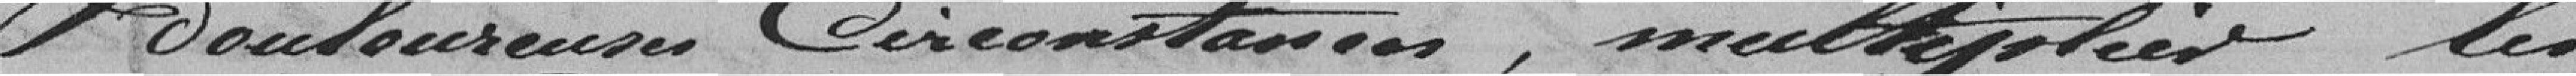
douloureuses circonstances, multiplier les